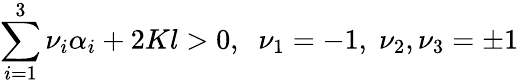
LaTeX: \sum_{i=1}^{3}\nu_{i}\alpha_{i}+2Kl>0,\; \; \nu_{1}=-1,\; \nu_{2},\nu_{3}=\pm 1